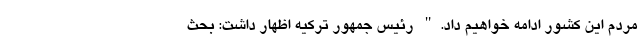
مردم این کشور ادامه خواهیم داد." رئیس جمهور ترکیه اظهار داشت: بحث